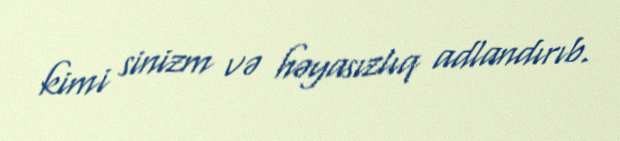
kimi sinizm və həyasızlıq adlandırıb.